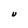
Character: U